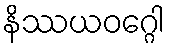
နိဿယဝဂ္ဂေါ